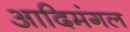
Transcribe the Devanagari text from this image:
आदिमंगल